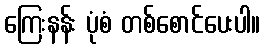
ကြေးနန်း ပုံစံ တစ်စောင်ပေးပါ။